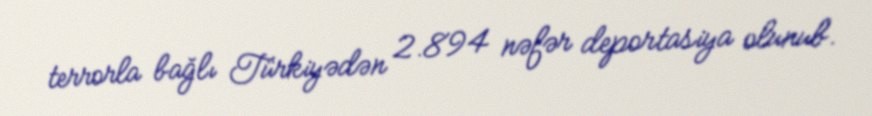
terrorla bağlı Türkiyədən 2.894 nəfər deportasiya olunub.